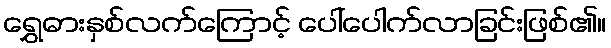
ရွှေဓားနှစ်လက်ကြောင့် ပေါ်ပေါက်လာခြင်းဖြစ်၏။